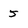
Character: 5